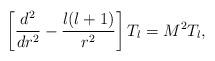
LaTeX: \begin{align*}\left[{d^{2}\over dr^{2}}-{l(l+1)\over r^{2}}\right]T_{l}=M^{2}T_{l},\end{align*}